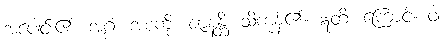
အပေါင်း၏။ အဂ္ဂံ၊ အစုကို။ ဇာနန္တိ၊ သိကုန်၏။ ဣတိ၊ ကြောင့်။ ဝါ၊